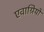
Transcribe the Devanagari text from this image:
एवाग्रियो